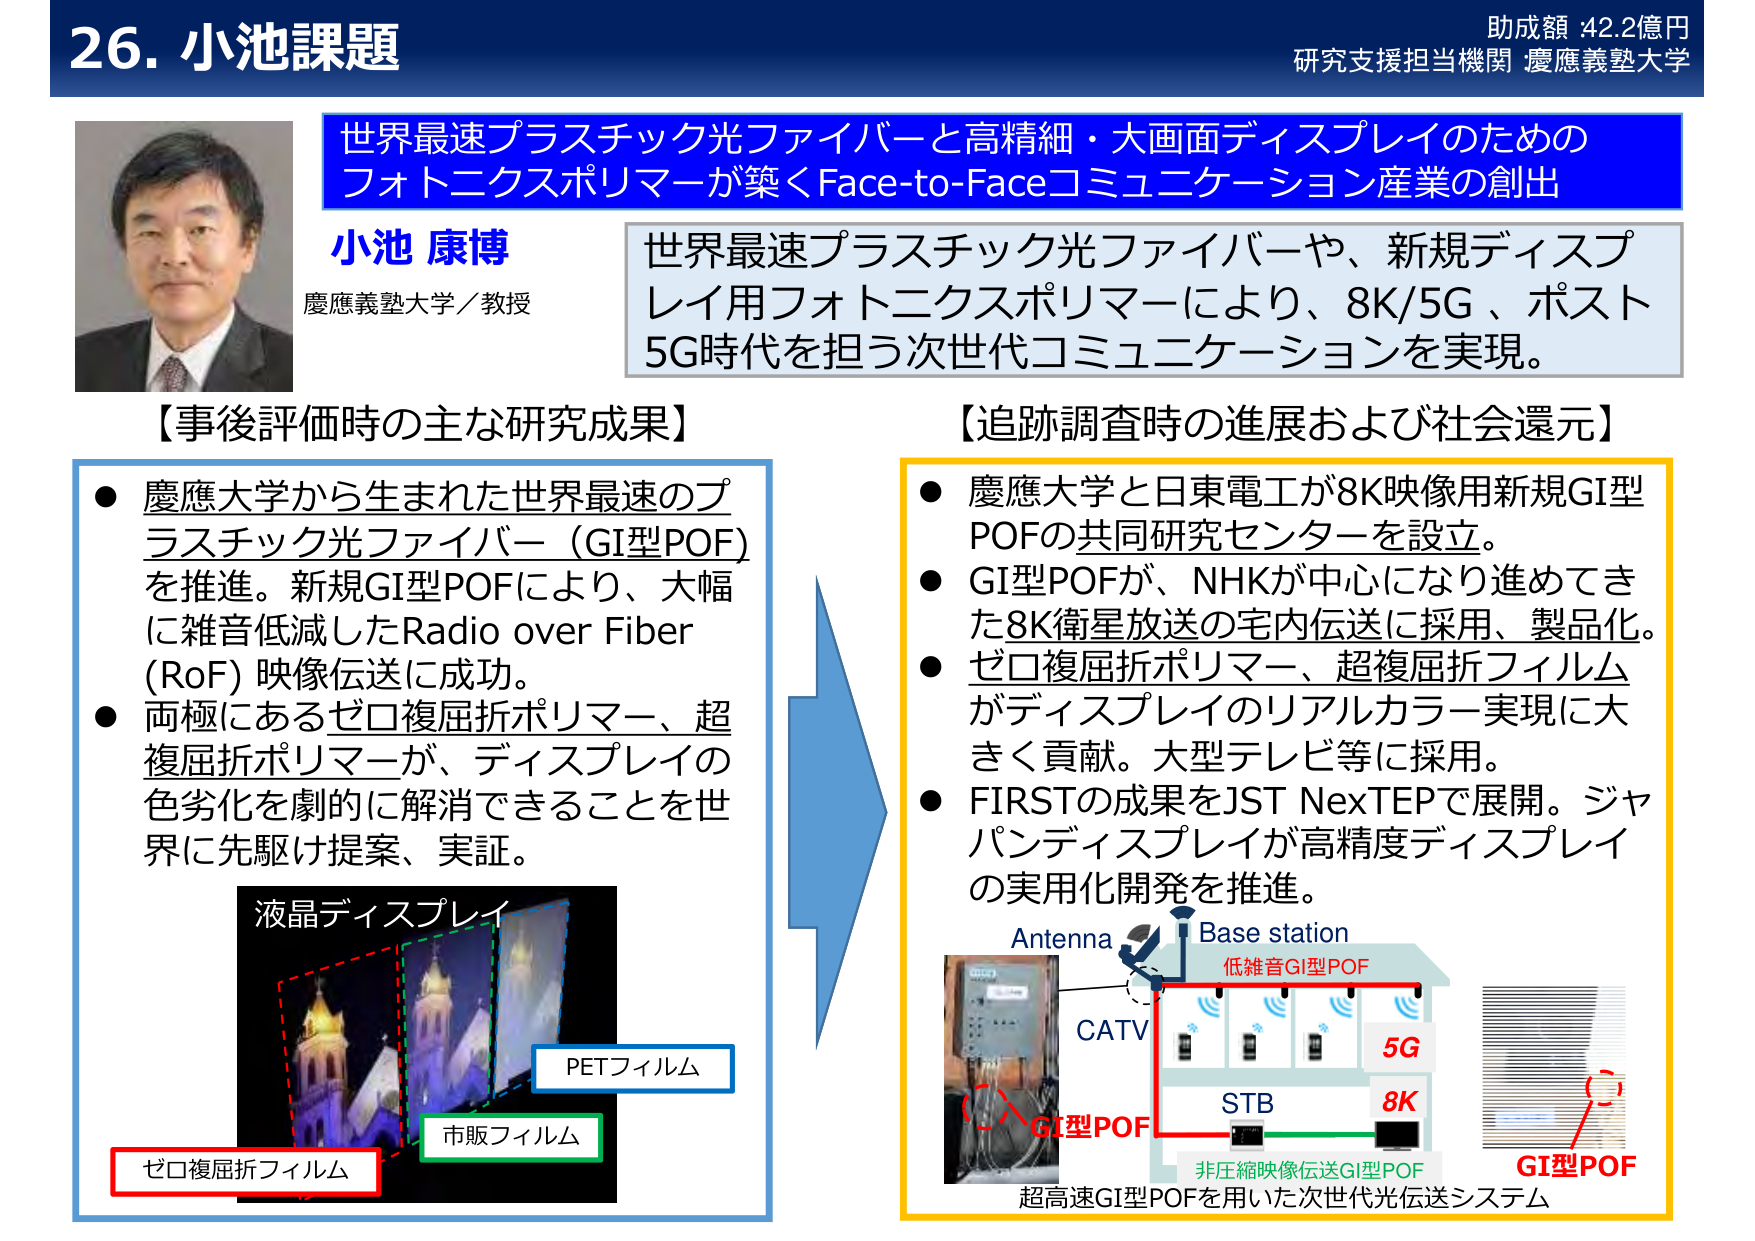
26. 小池課題
助成額：42.2億円
研究支援担当機関：慶應義塾大学

世界最速プラスチック光ファイバーと高精細・大画面ディスプレイのための
フォトニクスポリマーが築くFace-to-Faceコミュニケーション産業の創出

小池 康博
慶應義塾大学／教授

世界最速プラスチック光ファイバーや、新規ディスプレイ用フォトニクスポリマーにより、8K/5G、ポスト5G時代を担う次世代コミュニケーションを実現。

【事後評価時の主な研究成果】
● 慶應大学から生まれた世界最速のプラスチック光ファイバー（GI型POF）を推進。新規GI型POFにより、大幅に雑音低減したRadio over Fiber (RoF) 映像伝送に成功。
● 両極にあるゼロ複屈折ポリマー、超複屈折ポリマーが、ディスプレイの色劣化を劇的に解消できることを世界に先駆け提案、実証。

液晶ディスプレイ
PETフィルム
市販フィルム
ゼロ複屈折フィルム

【追跡調査時の進展および社会還元】
● 慶應大学と日東電工が8K映像用新規GI型POFの共同研究センターを設立。
● GI型POFが、NHKが中心になり進めてきた8K衛星放送の宅内伝送に採用、製品化。
● ゼロ複屈折ポリマー、超複屈折フィルムがディスプレイのリアルカラー実現に大きく貢献。大型テレビ等に採用。
● FIRSTの成果をJST NexTEPで展開。ジャパンディスプレイが高精度ディスプレイの実用化開発を推進。

Antenna
Base station
低雑音GI型POF
CATV
5G
STB
8K
非圧縮映像伝送GI型POF
GI型POF
超高速GI型POFを用いた次世代光伝送システム